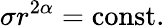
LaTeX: \sigma r^{2\alpha}=\mathrm{const}.